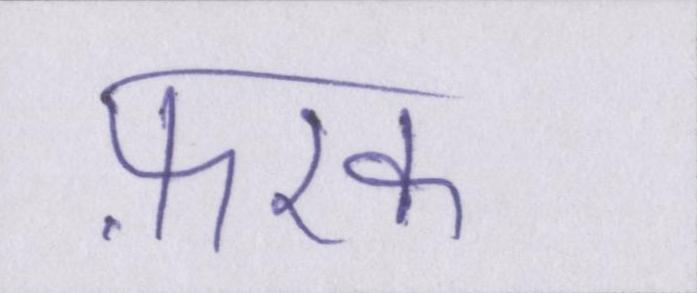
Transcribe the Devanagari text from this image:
फ़रक